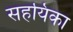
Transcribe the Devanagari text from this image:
सहयिका